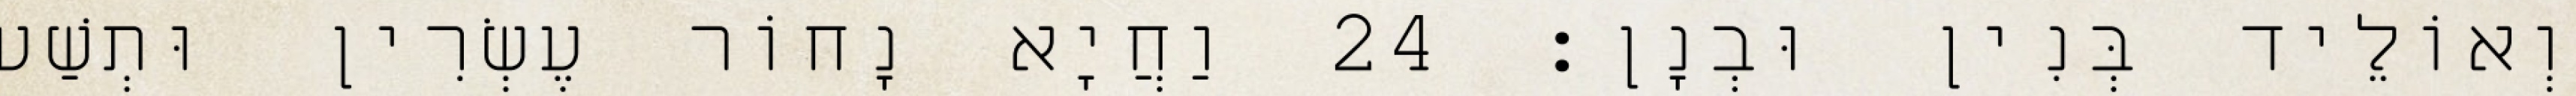
וְאוֹלֵיד בְּנִין וּבְנָן׃ 24 וַחֲיָא נָחוֹר עֶשְׂרִין וּתְשַׁע